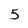
Character: 5